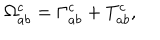
\Omega _ { a b } ^ { c } = \Gamma _ { a b } ^ { c } + T _ { a b } ^ { c } ,